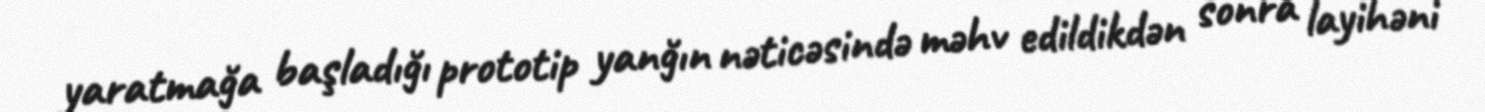
yaratmağa başladığı prototip yanğın nəticəsində məhv edildikdən sonra layihəni